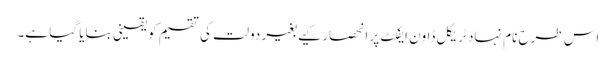
اس طرح نام نہاد ٹریکل ڈاون ایفکٹ پر انحصار کیے بغیر دولت کی تقسیم کو یقینی بنایا گیا ہے۔